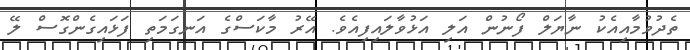
ތެދުވުމާއިއެކު ނާޔަލް ފޯނުން އަލި އަޅުވާލައިފިއެވެ. އޭރު މާކަސްގެ އަނގަމަތި ފަޅައިގެންގޮސް ލޭ